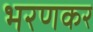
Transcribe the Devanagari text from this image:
भरणकर